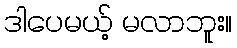
ဒါပေမယ့် မလာဘူး။